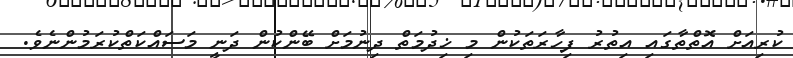
ކުރިއަށް އޮތްތާގައި އިތުރު ފިހާރަތަކުން މި ޚިދުމަތް ދިނުމަށް ބޭންކުން ދަނީ މަސައްކަތްކުރަމުންނެވެ.